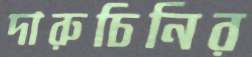
দারুচিনির